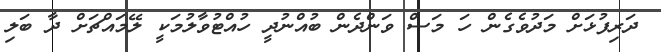
ދަރިފުޅަށް މަދުވެގެން ހަ މަސް ވަންދެން ބުއްނުދީ ހުއްޓުވާލުމަކީ ލޭމައްޗަށް ދާ ބަލި